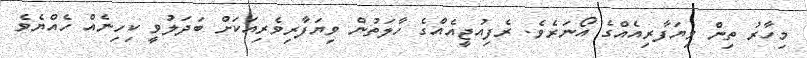
މިހާރު ތިން ވިޔަފާރިއެއްގެ އޯނަރެވެ. ރެފިއުޖީއެއްގެ ހާލަތުން ވިޔަފާރިވެރިއަކަށް ބަދަލުވީ ކިހިނެއް ހެއްޔެވެ